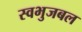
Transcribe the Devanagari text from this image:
स्वभुजबल